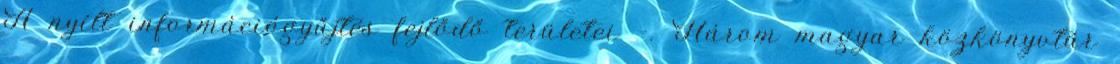
A nyílt információgyűjtés fejlődő területei –. Három magyar közkönyvtár